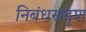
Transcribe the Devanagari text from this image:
निबंधसदृश